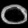
Digit: ၀